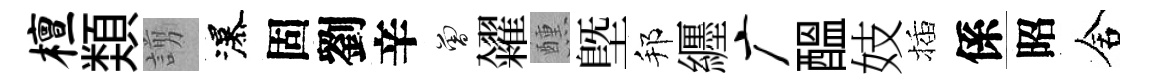
檀𩔖謭瀑固劉辛曾糴醺塈邦纒广醖妓插係昭舍